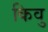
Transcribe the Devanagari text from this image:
किवु